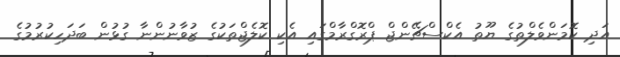
އަދި ކޮމަންވެލްތުގެ ޔޫތު އެކްސްޗޭންޖް ޕްރޮގްރާމްގައި އެކި ކޮލެޖްތަކުގެ ޒުވާނުންނާ ގުޅުން ބަދަހިކުރުމުގެ